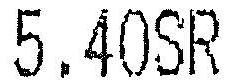
5.40SR